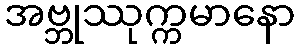
အဗ္ဘုဿုက္ကမာနော